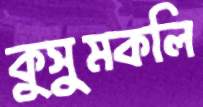
কুসুমকলি